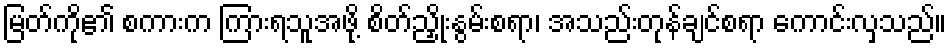
မြတ်ကို၏ စကားက ကြားရသူအဖို့ စိတ်ညှိုးနွမ်းစရာ၊ အသည်းတုန်ချင်စရာ ကောင်းလှသည်။